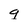
Character: q